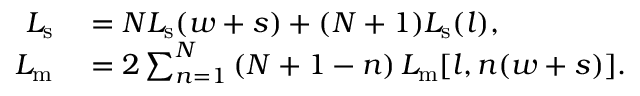
\begin{array} { r l } { L _ { \mathrm { s } } } & { { } = N L _ { \mathrm { s } } ( w + s ) + ( N + 1 ) L _ { \mathrm { s } } ( l ) , } \\ { L _ { \mathrm { m } } } & { { } = 2 \sum _ { n = 1 } ^ { N } \left( N + 1 - n \right) L _ { \mathrm { m } } [ l , n ( w + s ) ] . } \end{array}